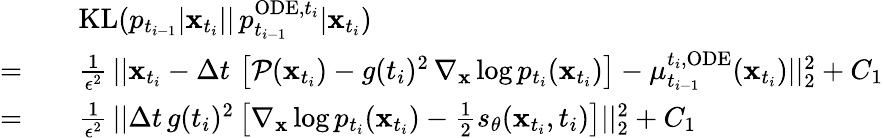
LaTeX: \begin{array}{rl}&{\quad\mathrm{KL}(p_{t_{i-1}}|\mathbf{x}_{t_{i}}||\, p_{t_{i-1}}^{\mathrm{ODE},t_{i}}|\mathbf{x}_{t_{i}})}\\ {=}&{\quad\frac{1}{\epsilon^{2}}\, ||\mathbf{x}_{t_{i}}-\Delta t\, \left[\mathcal{P}(\mathbf{x}_{t_{i}})-g(t_{i})^{2}\, \nabla_{\mathbf{x}}\log p_{t_{i}}(\mathbf{x}_{t_{i}})\right]-\mu_{t_{i-1}}^{t_{i},\mathrm{ODE}}(\mathbf{x}_{t_{i}})||_{2}^{2}+C_{1}}\\ {=}&{\quad\frac{1}{\epsilon^{2}}\, ||\Delta t\, g(t_{i})^{2}\left[\nabla_{\mathbf{x}}\log p_{t_{i}}(\mathbf{x}_{t_{i}})-\frac{1}{2}s_{\theta}(\mathbf{x}_{t_{i}},t_{i})\right]||_{2}^{2}+C_{1}}\end{array}